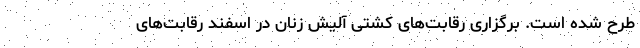
طرح شده است. برگزاری رقابت‌های کشتی آلیش زنان در اسفند رقابت‌های